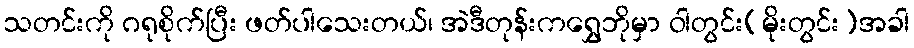
သတင်းကို ဂရုစိုက်ပြီး ဖတ်ပါသေးတယ်၊ အဲဒီတုန်းကရွှေဘိုမှာ ဝါတွင်း(မိုးတွင်း)အခါ